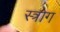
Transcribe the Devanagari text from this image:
स्त्रोग